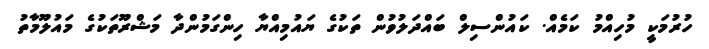
ހުރުމަކީ މުހިއްމު ކަމެއް. ކައުންސިލް ބައްދަލުވުން ތަކުގެ ޔައުމިއްޔާ ހިންގަމުންދާ މަޝްރޫތަކުގެ މައުލޫމާތު